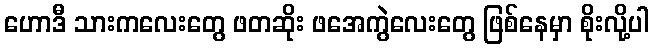
ဟောဒီ သားကလေးတွေ ဖတဆိုး ဖအေကွဲလေးတွေ ဖြစ်နေမှာ စိုးလို့ပါ